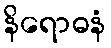
နိရောဓနံ